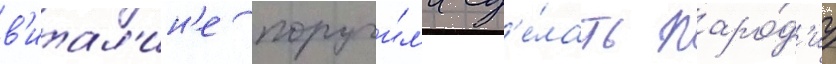
в'итал'ин'е поручи́л'и сд'е́лать паро́д'иу